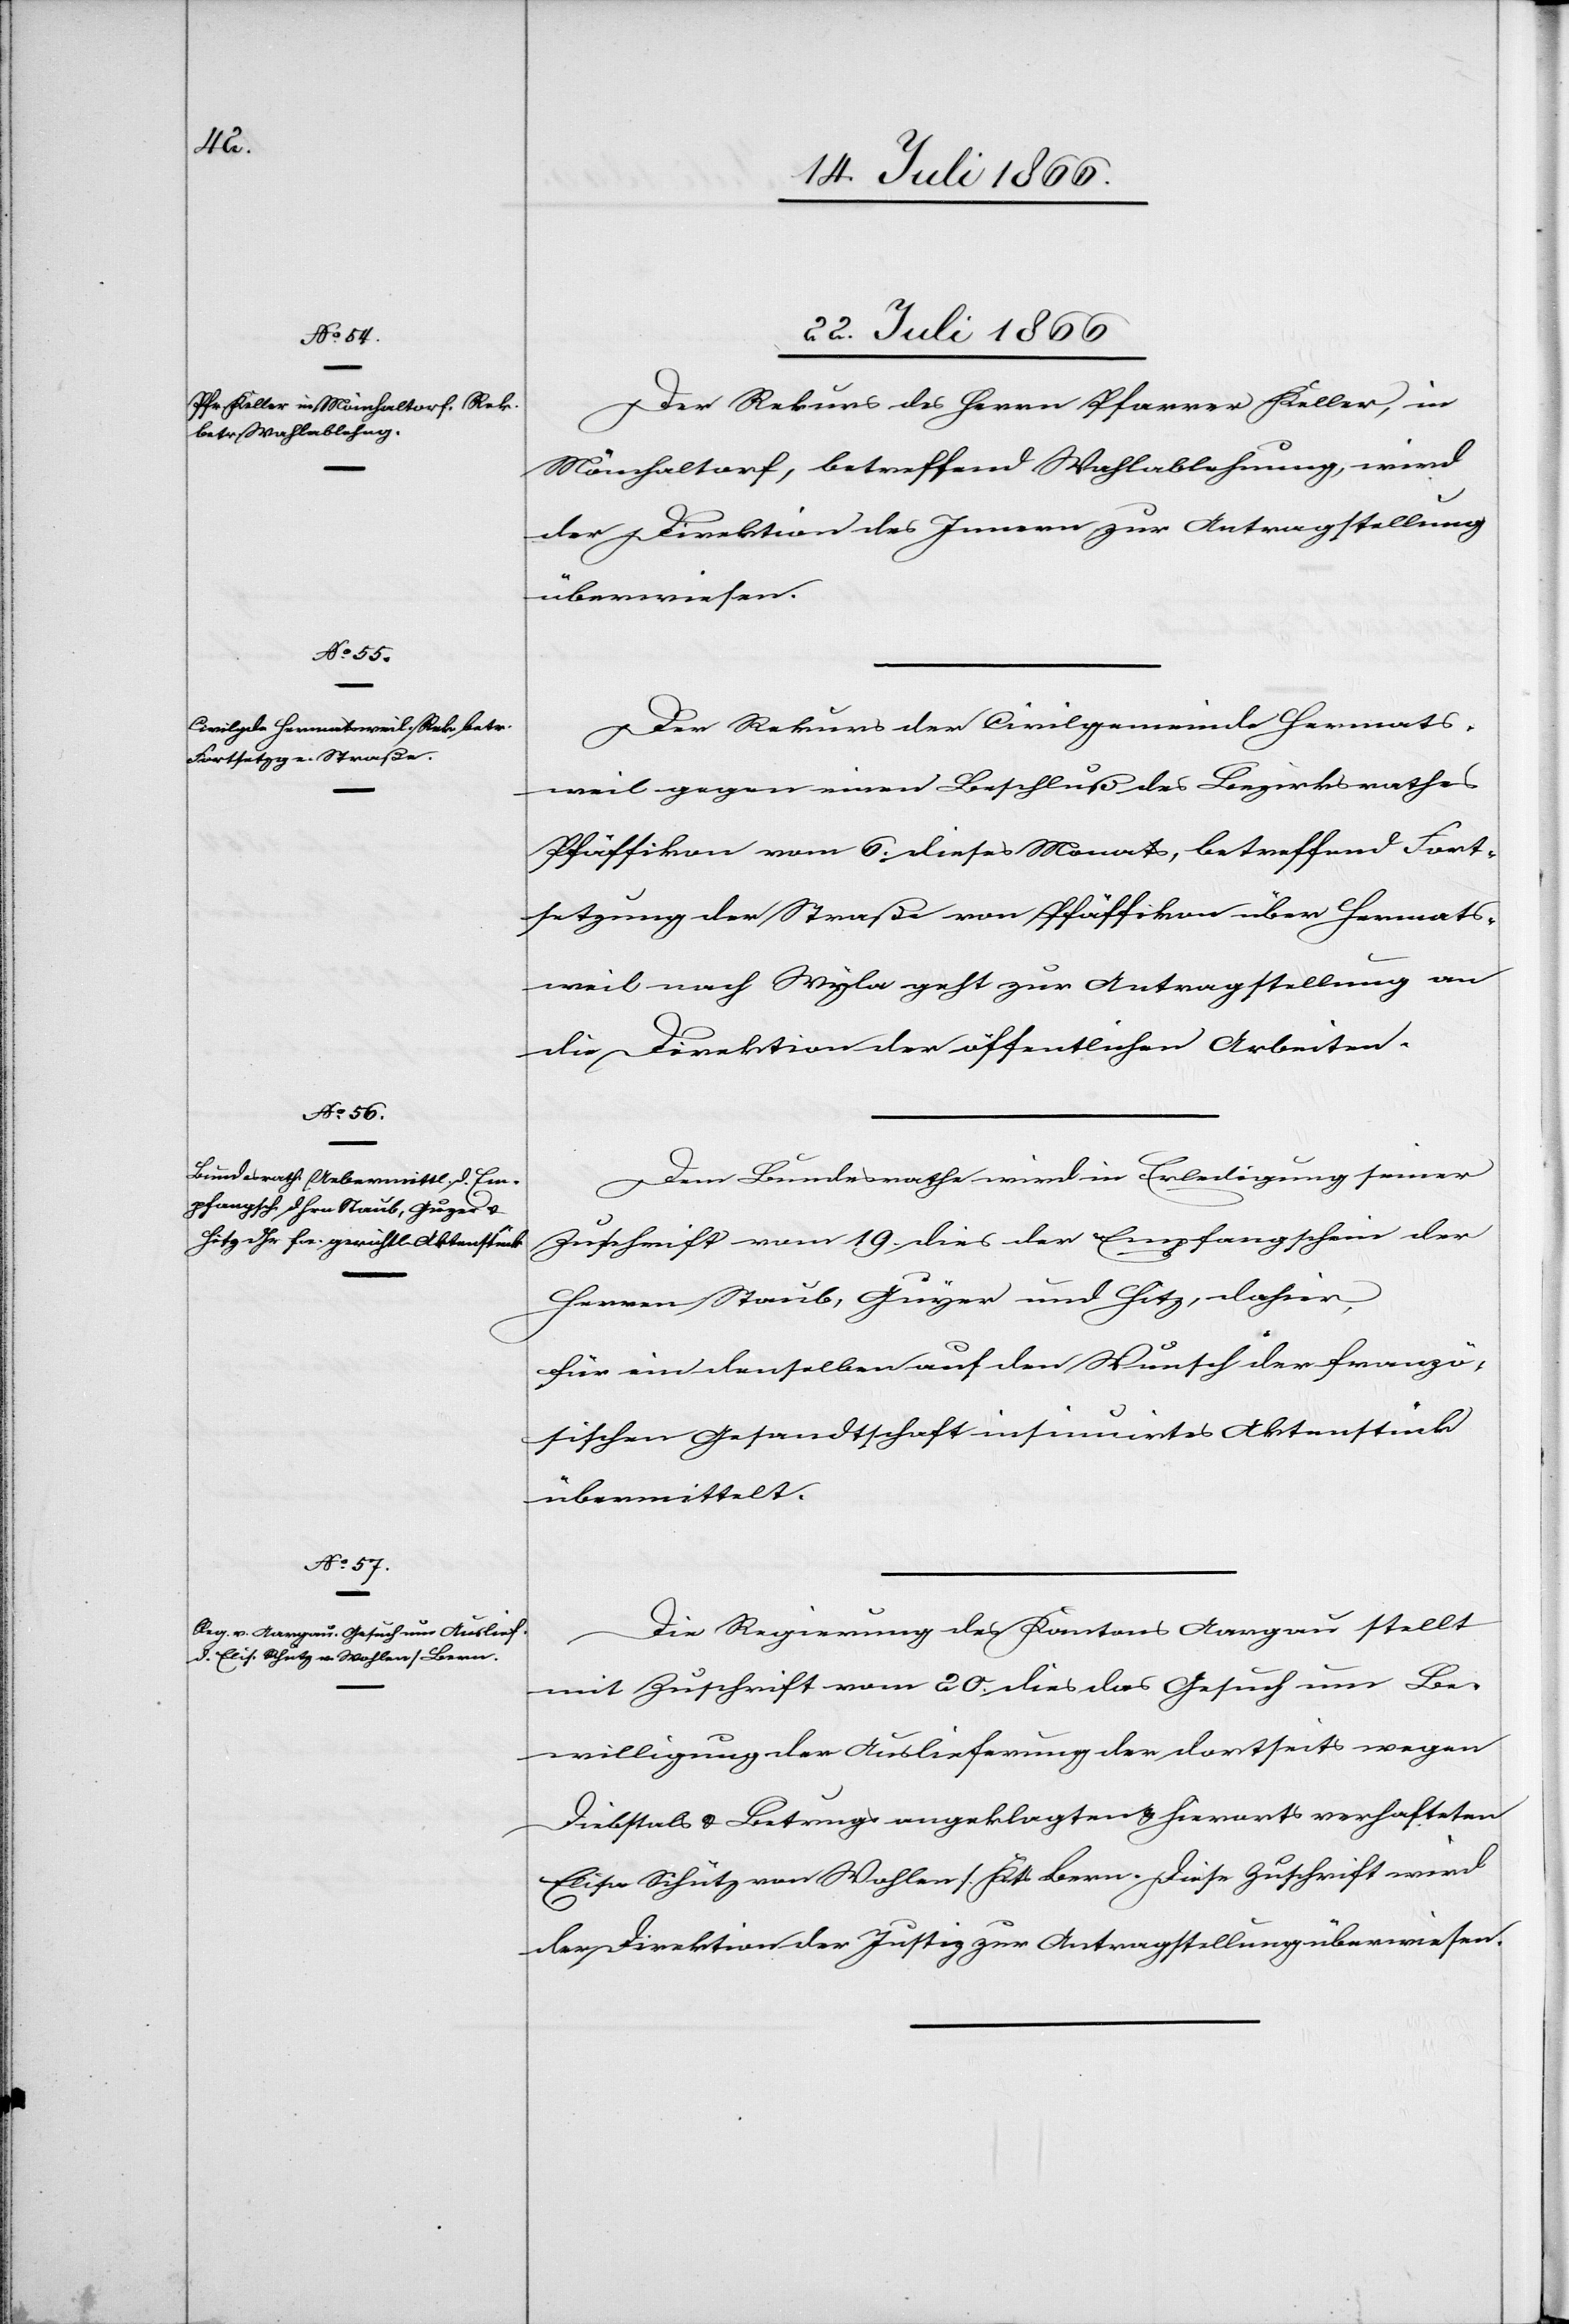
22. Juli 1866.]
Der Rekurs des Herrn Pfarrer Keller, in
Mönchaltorf, betreffend Wahlablehnung, wird
der Direktion des Innern zur Antragstellung
überwiesen.
Der Rekurs der Civilgemeinde Hermats¬
weil gegen einen Beschluß des Bezirksrathes
Pfäffikon vom 6. dieses Monats, betreffend Fort¬
setzung der Straße von Pfäffikon über Hermats¬
weil nach Wyla geht zur Antragstellung an
die Direktion der öffentlichen Arbeiten.
Dem Bundesrathe wird in Erledigung seiner
Zuschrift vom 19. dies der Empfangschein der
Herren Staub, Guyer und Hitz, dahier,
für ein denselben auf den Wunsch der franzö¬
sischen Gesandtschaft insinuirtes Aktenstück
übermittelt.
Die Regierung des Kantons Aargau stellt
mit Zuschrift vom 20. dies das Gesuch um Be¬
willigung der Auslieferung der dortseits wegen
Diebstals u. Betrugs angeklagten u. hierorts verhafteten
Elise Schütz von Wohlen/Kt. Bern. Diese Zuschrift wird
der Direktion der Justiz zur Antragstellung überwiesen.